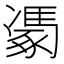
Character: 𮙢